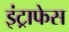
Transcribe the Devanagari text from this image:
इंट्राफेस